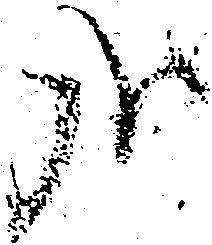
哉